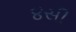
૪સી